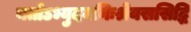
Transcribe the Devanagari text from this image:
यतोऽभ्युदयनिःश्रेयससिद्धि